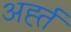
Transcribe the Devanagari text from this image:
अर्ह्त